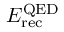
E _ { \mathrm { r e c } } ^ { \mathrm { Q E D } }